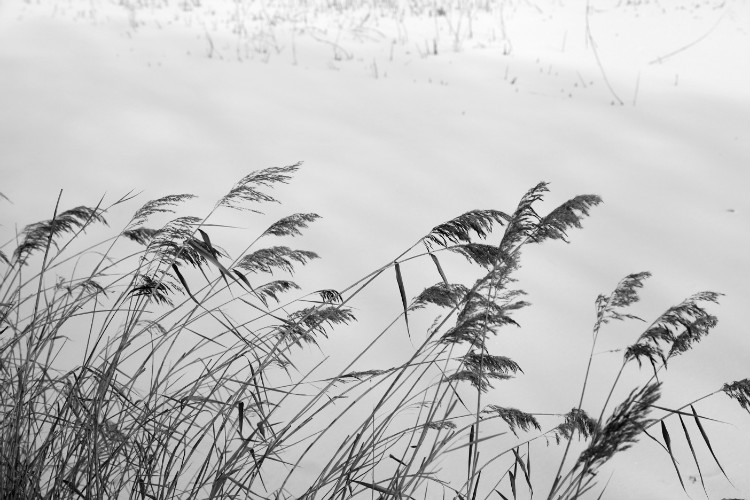
疾风知劲草，板荡识诚臣。